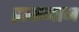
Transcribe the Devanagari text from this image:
द्राकमान